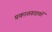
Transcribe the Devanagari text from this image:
प्रकाशग्राहकों